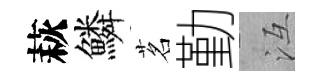
萩鱗茗勤冱